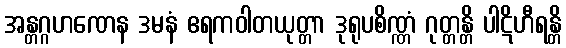
အန္တဂ္ဂဟဏေန ဒမနံ ဧရကဝါတယုတ္တာ ဒုရုပစိဏ္ဏံ ဂုတ္တန္တိ ပါဋိဟီရန္တိ